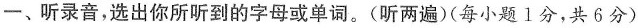
一、听录音，选出你所听到的字母或单词。(听两遍)(每小题1分，共6分)